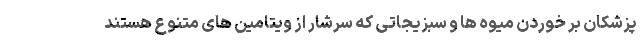
پزشکان بر خوردن میوه ها و سبزیجاتی که سرشار از ویتامین های متنوع هستند